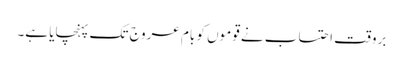
بروقت احتساب نے قوموں کو بام عروج تک پہنچایا ہے۔